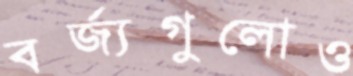
বর্জ্যগুলোও